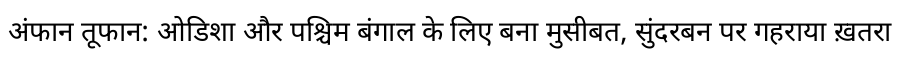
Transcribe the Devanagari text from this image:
अंफान तूफान: ओडिशा और पश्चिम बंगाल के लिए बना मुसीबत, सुंदरबन पर गहराया ख़तरा